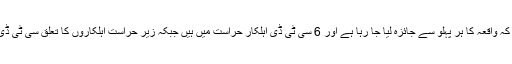
اعجاز شاہ نے کہا کہ واقعہ کا ہر پہلو سے جائزہ لیا جا رہا ہے اور 6 سی ٹی ڈی اہلکار حراست میں ہیں جبکہ زیر حراست اہلکاروں کا تعلق سی ٹی ڈی ساہیوال سے ہے۔